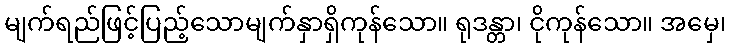
မျက်ရည်ဖြင့်ပြည့်သောမျက်နှာရှိကုန်သော။ ရုဒန္တာ၊ ငိုကုန်သော။ အမှေ၊